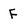
Character: F